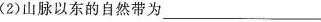
( 2 )山脉以东的自然带为___